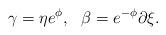
LaTeX: \begin{align*}\gamma=\eta e^{\phi},~~\beta=e^{-\phi}\partial \xi .\end{align*}